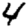
Digit: 4